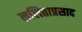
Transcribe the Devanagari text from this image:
ललिताप्रसाद